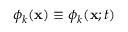
\phi _ { k } ( { \bf x } ) \equiv \phi _ { k } ( { \bf x } ; t )